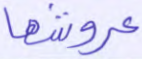
عروشها